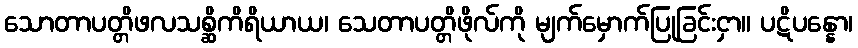
သောတာပတ္တိဖလသစ္ဆိကိရိယာယ၊ သေတာပတ္တိဖိုလ်ကို မျက်မှောက်ပြုခြင်းငှာ။ ပဋိပန္နော၊